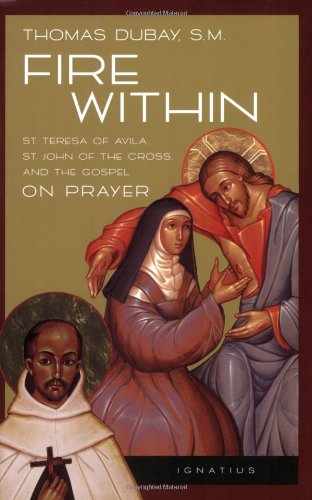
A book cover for Fire Within: St. Teresa of Avila, St. John of the Cross and the Gospel-On Prayer; Thomas DuBay; Christian Books & Bibles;